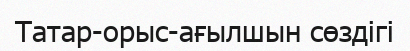
Татар-орыс-ағылшын сөздігі